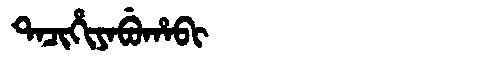
Manchu: ᡨᠠᠴᡳᡥᡳᠶᠠᠪᡠᡥᠠᠪᡳ
Romanization: TACIHIYABUHABI